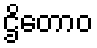
ဌိတောဝ